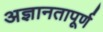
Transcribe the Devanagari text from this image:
अज्ञानतापूर्ण